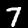
Label: 7